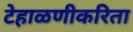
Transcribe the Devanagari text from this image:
टेहाळणीकरिता